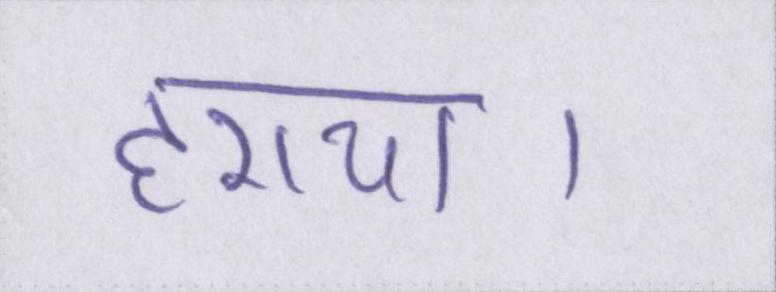
हराया।